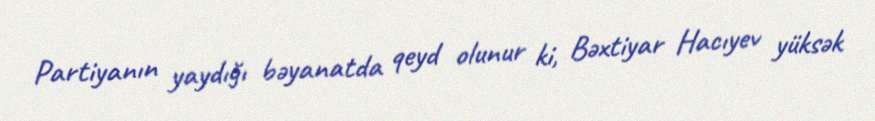
Partiyanın yaydığı bəyanatda qeyd olunur ki, Bəxtiyar Hacıyev yüksək